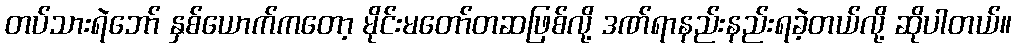
တပ်သားရဲဘော် နှစ်ယောက်ကတော့ မိုင်းမတော်တဆဖြစ်လို့ ဒဏ်ရာနည်းနည်းရခဲ့တယ်လို့ ဆိုပါတယ်။